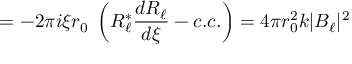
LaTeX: = - 2 \pi i \xi r _ { 0 } \; \left( R _ { \ell } ^ { \ast } { \frac { d R _ { \ell } } { d \xi } } - c . c . \right) = 4 \pi r _ { 0 } ^ { 2 } k | B _ { \ell } | ^ { 2 }